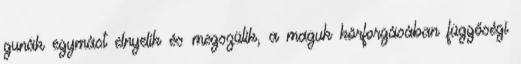
gunák egymást elnyelik és megszülik, a maguk körforgásában függőségi